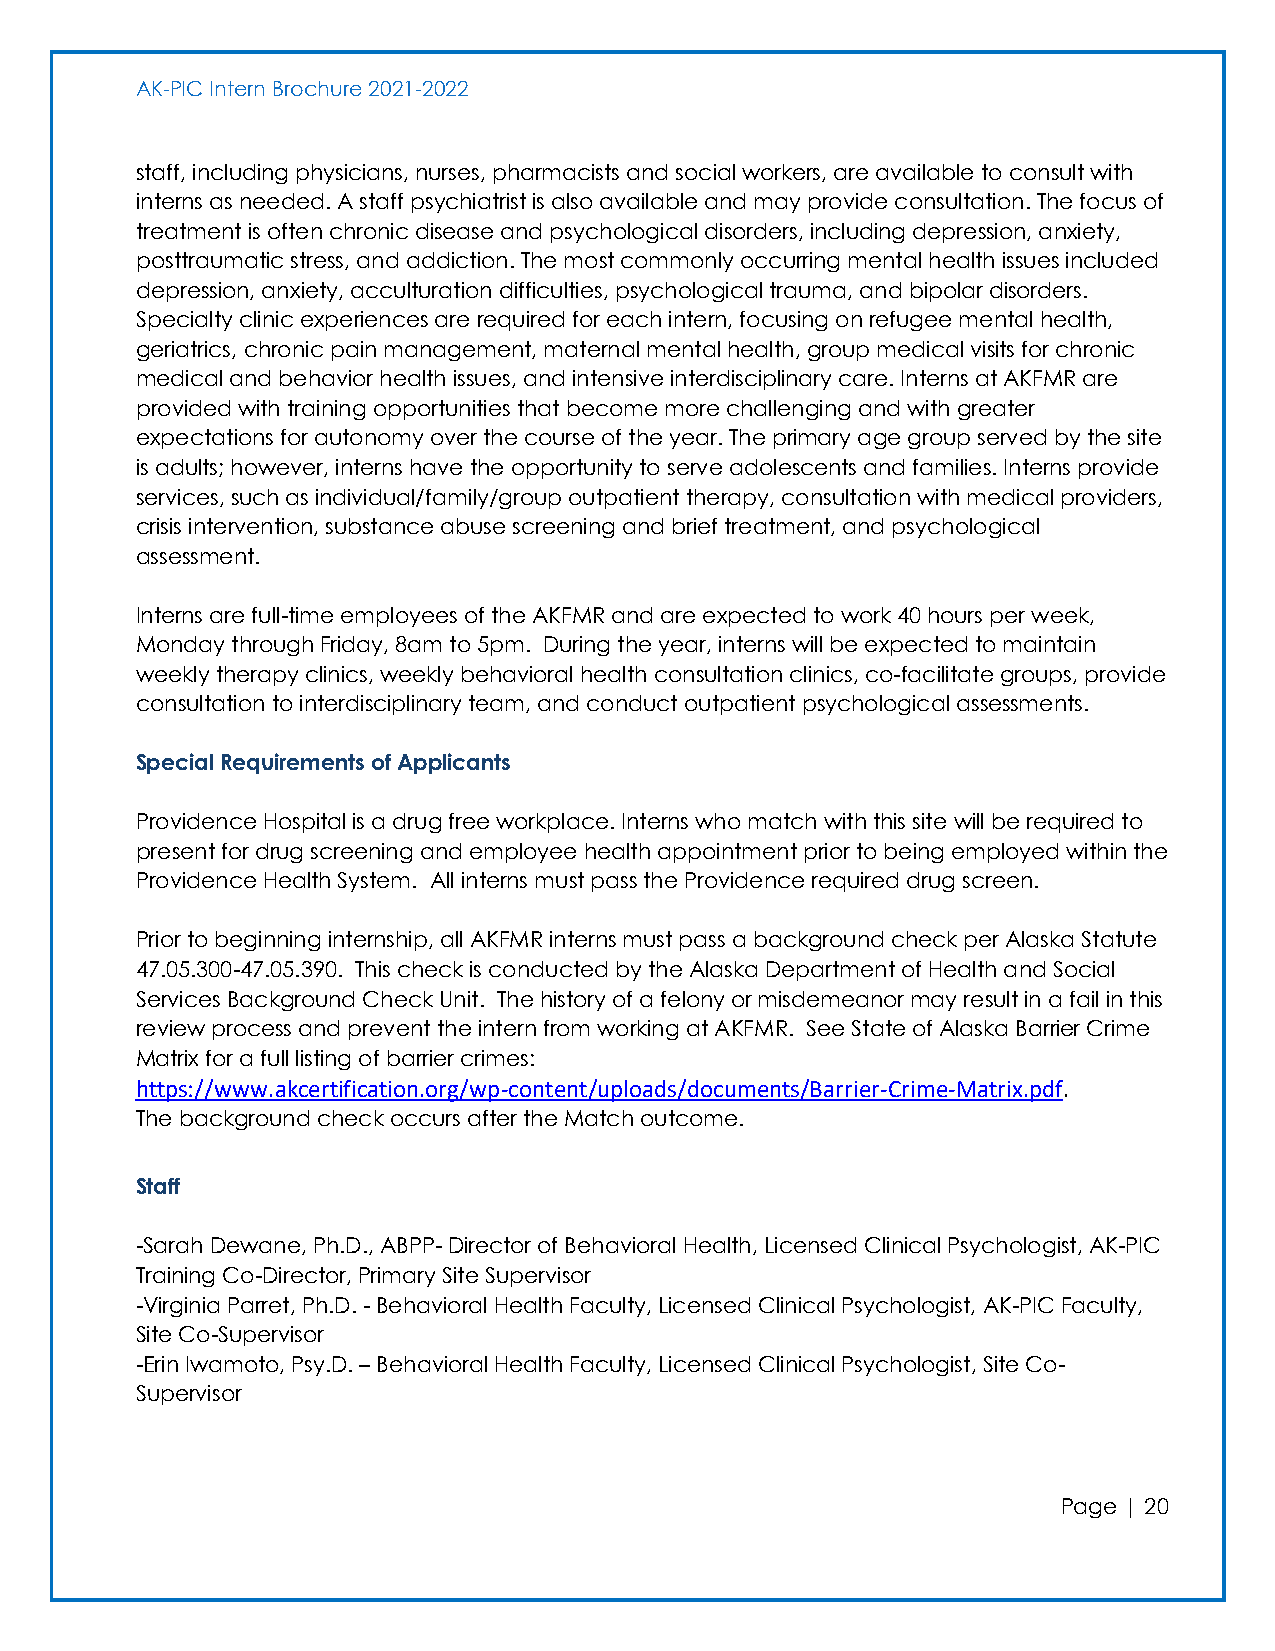
AK-PIC Intern Brochure 2021-2022
 staff, including physicians, nurses, pharmacists and social workers, are available to consult with
 interns as needed. A staff psychiatrist is also available and may provide consultation. The focus of
 treatment is often chronic disease and psychological disorders, including depression, anxiety,
 posttraumatic stress, and addiction. The most commonly occurring mental health issues included
 depression, anxiety, acculturation difficulties, psychological trauma, and bipolar disorders.
 Specialty clinic experiences are required for each intern, focusing on refugee mental health,
 geriatrics, chronic pain management, maternal mental health, group medical visits for chronic
 medical and behavior health issues, and intensive interdisciplinary care. Interns at AKFMR are
 provided with training opportunities that become more challenging and with greater
 expectations for autonomy over the course of the year. The primary age group served by the site
 is adults; however, interns have the opportunity to serve adolescents and families. Interns provide
 services, such as individual/family/group outpatient therapy, consultation with medical providers,
 crisis intervention, substance abuse screening and brief treatment, and psychological
 assessment.
 Interns are full-time employees of the AKFMR and are expected to work 40 hours per week,
 Monday through Friday, 8am to 5pm. During the year, interns will be expected to maintain
 weekly therapy clinics, weekly behavioral health consultation clinics, co-facilitate groups, provide
 consultation to interdisciplinary team, and conduct outpatient psychological assessments.
 Special Requirements of Applicants
 Providence Hospital is a drug free workplace. Interns who match with this site will be required to
 present for drug screening and employee health appointment prior to being employed within the
 Providence Health System. All interns must pass the Providence required drug screen.
 Prior to beginning internship, all AKFMR interns must pass a background check per Alaska Statute
 47.05.300-47.05.390. This check is conducted by the Alaska Department of Health and Social
 Services Background Check Unit. The history of a felony or misdemeanor may result in a fail in this
 review process and prevent the intern from working at AKFMR. See State of Alaska Barrier Crime
 Matrix for a full listing of barrier crimes:
 https://www.akcertification.org/wp-content/uploads/documents/Barrier-Crime-Matrix.pdf.
 The background check occurs after the Match outcome.
 Staff
 -Sarah Dewane, Ph.D., ABPP- Director of Behavioral Health, Licensed Clinical Psychologist, AK-PIC
 Training Co-Director, Primary Site Supervisor
 -Virginia Parret, Ph.D. - Behavioral Health Faculty, Licensed Clinical Psychologist, AK-PIC Faculty,
 Site Co-Supervisor
 -Erin Iwamoto, Psy.D. – Behavioral Health Faculty, Licensed Clinical Psychologist, Site Co-
 Supervisor
 Page | 20